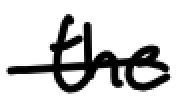
Text: the
Cross-out: single-line
Writing tool: digital_black